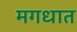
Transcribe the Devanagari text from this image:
मगधात